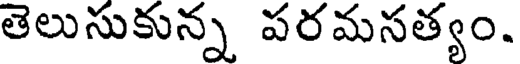
తెలుసుకున్న పరమసత్యం.